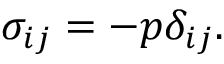
\sigma _ { i j } = - p \delta _ { i j } .